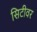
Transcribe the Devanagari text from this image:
सिटीवर